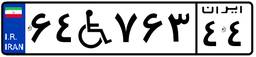
۲۷W۲۹۷۹۲